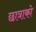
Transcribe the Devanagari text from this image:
छात्राको